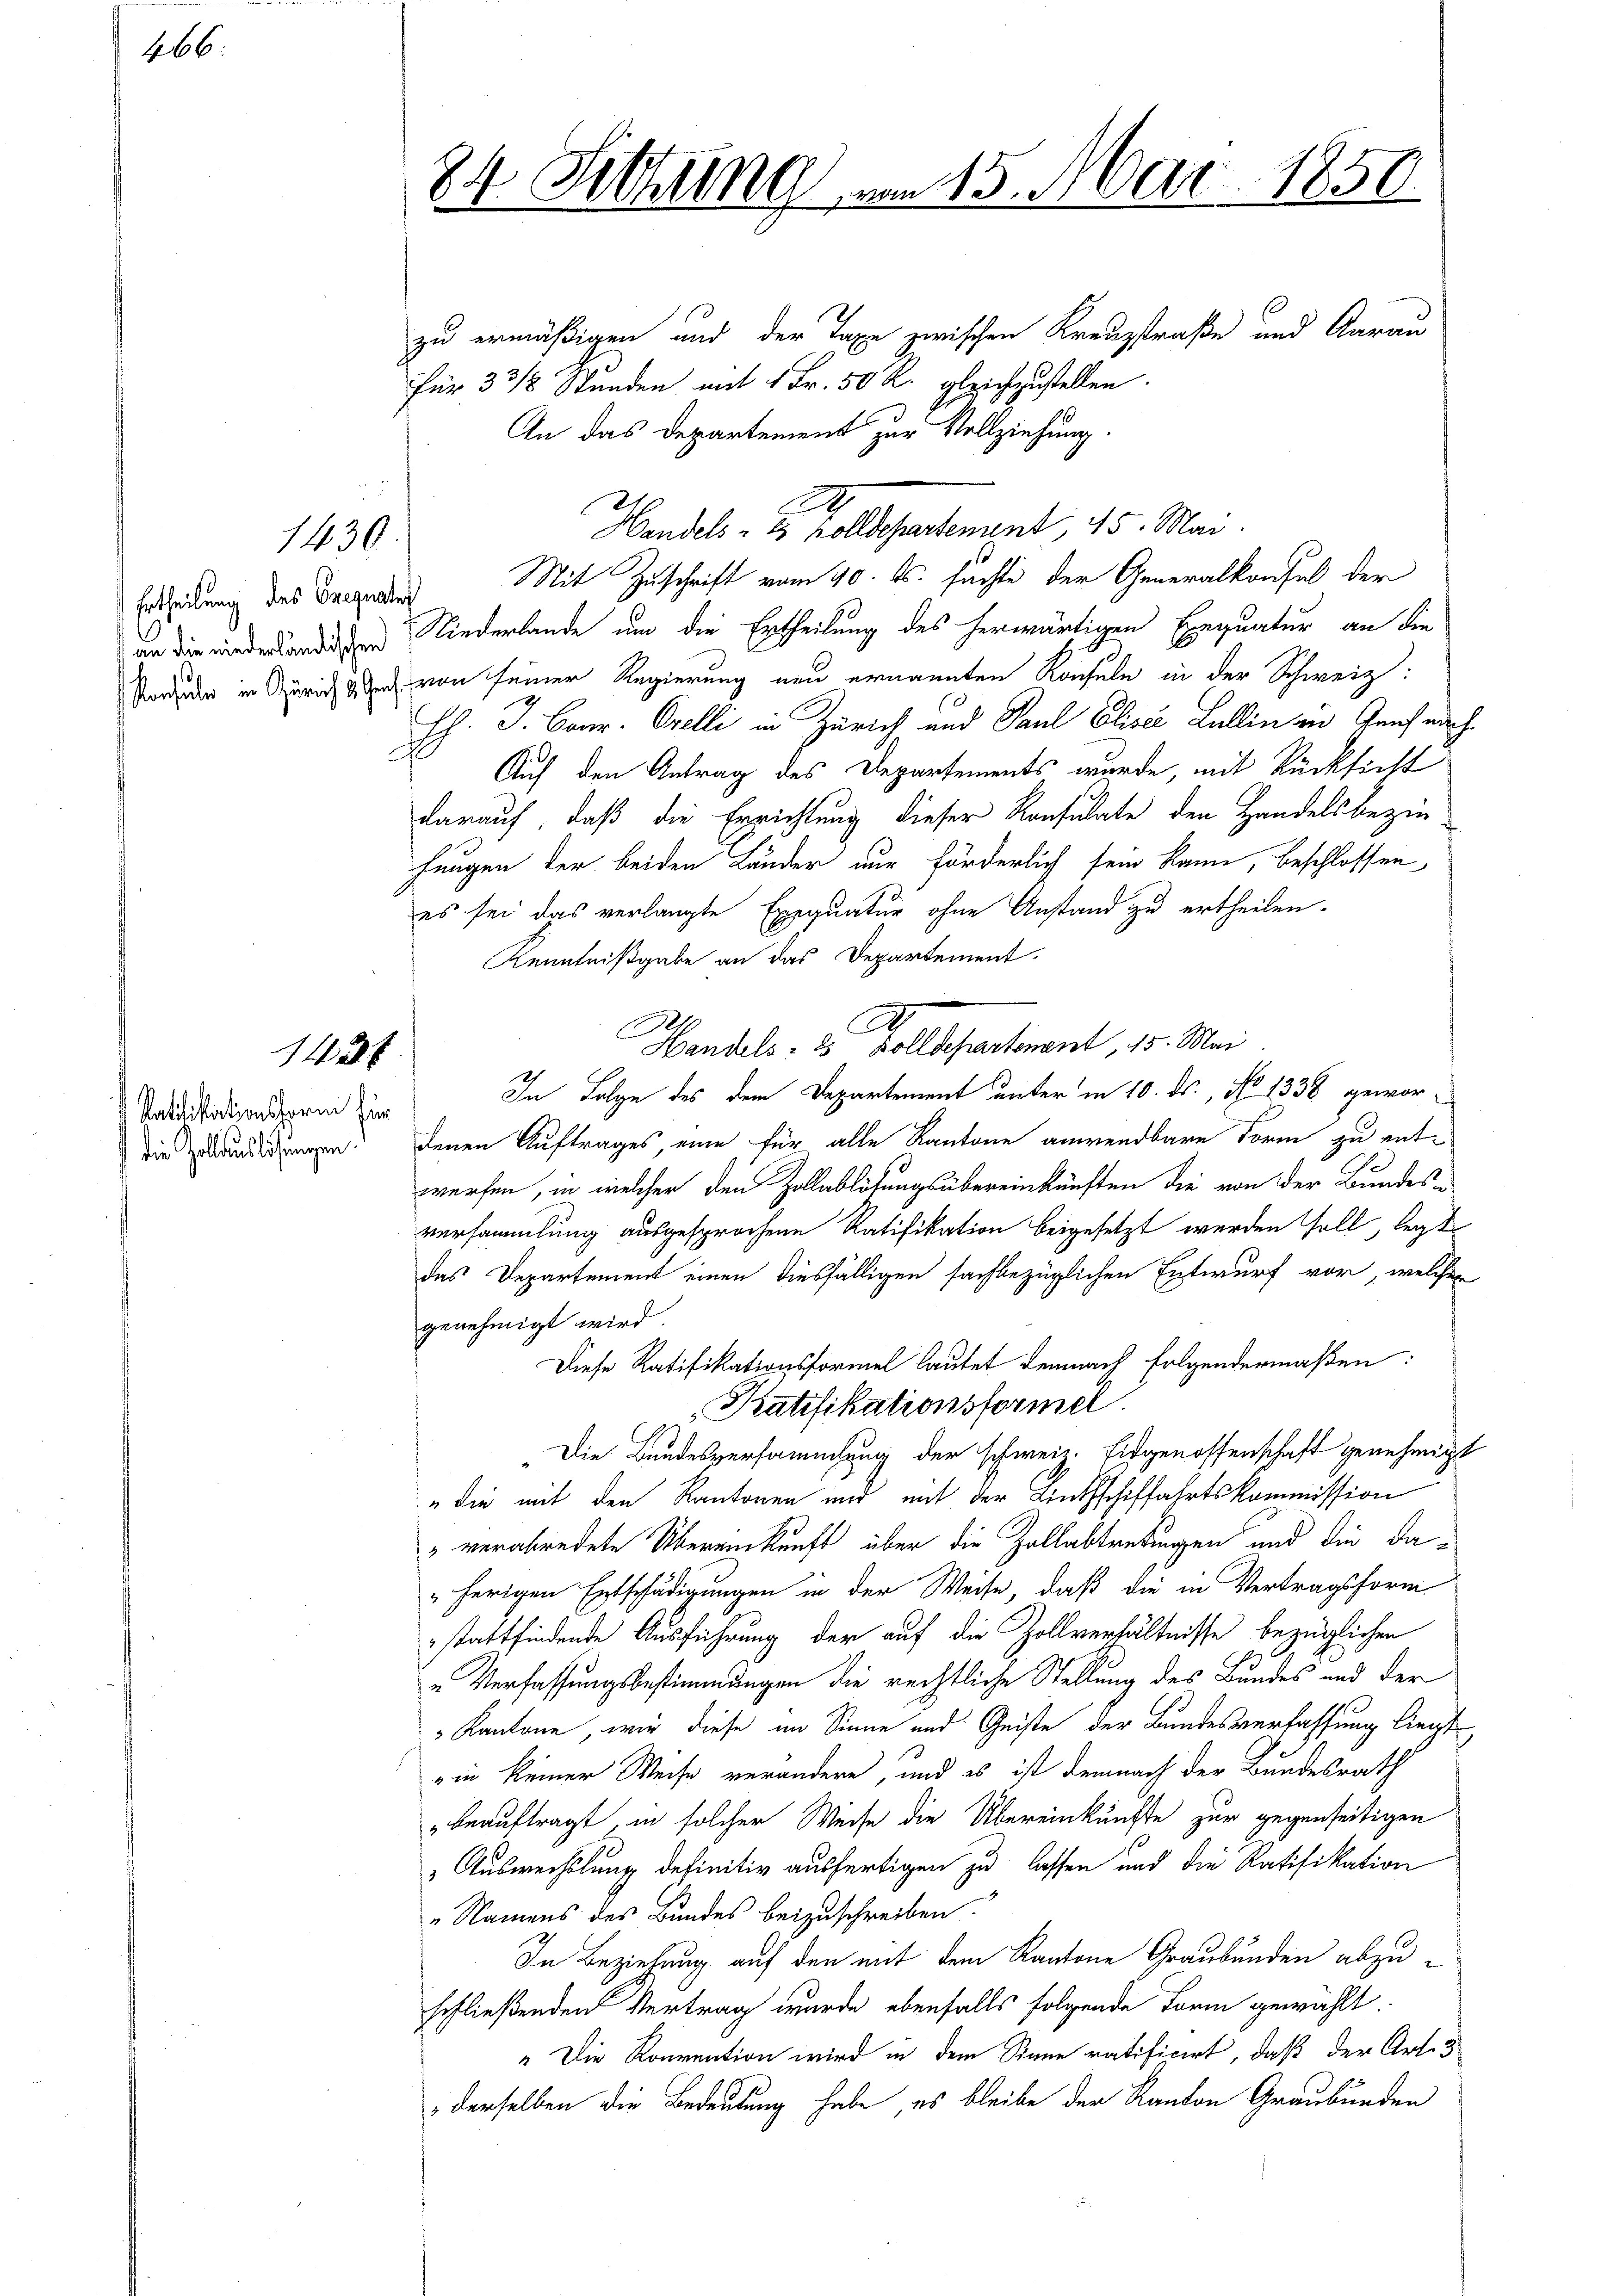
466

1430.

Ertheilung des Frequate

142 x

Ratifikationsform für
die Zollauslösungen.

zu ermäßigen und der Taxe zwischen Kreuzstraße und Aarau
für 3 3/8 Stunden mit 1 Fr. 50 R. gleichzustellen.
Mit Zuschrift vom 10. ds. suchte der Generalkonsul der
an die wieder andenden Niederlande um die Ertheilung des herwärtigen Exequatur an die
sonder in Zürich auch von seiner Regierung neu ernannten Konsuln in der Schweiz:
Hh. J. Brar. Orelli in Zürich und Paul Plisé Lullin zu Genf nach¬
Auf den Antrag des Departements wurde, mit Rücksicht
darauf, daß die Errichtung dieser Konsulate den Handelsbezie
fungen der beiden Länder nur förderlich sein kann, beschlossen
es sei das verlangte Exequatur ohne Anstand zu ertheilen.
Kenntnißgabe an das Departement.
In Folge des dem Departement unter in 10. ds., No 1338 gewordenen Auftrages, eine für alle Kantone anwendbare Form zu entwerfen, in welcher den Zollablösungsübereinkünften die von der Bundesversammlung ausgesprochene Ratifikation beigesetzt werden soll, legt
das Departement einen diesfälligen sachbezüglichen Entwurf vor, welcher
genehmigt wird.
Diese Ratifikationsformel lautet demnach folgendermaßen:
Katifikationsformel.
Die Bundesversammlung der schweiz. Eidgenossenschaft genehmigt
" die mit den Kantonen und mit der Linthschiffahrtskommission
" verabredete Übereinkunft über die Zollabtretungen und die da¬
„herigen Entschädigungen in der Weise, daß die in Vertragsform
stattfindende Ausführung der auf die Zollverhältnisse bezüglichen
„Verfassungsbestimmungen die rechtliche Stellung des Bundes und der
" Kantone, wie diese im Sinne und Geiste der Bundesverfassung liegt,
in keiner Weise verändere, und es ist demnach der Bundesrath
beauftragt, in solcher Weise die Übereinkünfte zur gegenseitigen
" Auswechslung definitiv ausfertigen zu lassen und die Ratifikation
„Namens des Bundes beizuschreiben.
In Beziehung auf den mit dem Kantone Graubünden abzuschließenden Vertrag wurde ebenfalls folgende Form gewählt.
" Die Konvention wird in dem Sinne ratificirt, daß der Art. 5
derselben die Bedeutung habe, es bleibe der Kanton Graubünden

24. Sitzung.

d

vom 15. Mai 1850.

An das Departement zur Vollziehung.
2
Handels- 2 Zolldepartenunt, 45. Mai.

d
Handels- 8 Zolldepartenant, 15. Mai